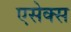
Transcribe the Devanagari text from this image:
एसेक्‍स